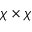
\chi \times \chi